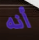
أنه